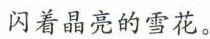
闪着晶亮的雪花。